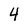
Character: 4